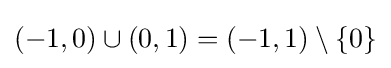
(-1,0)\cup (0,1)=(-1,1)\setminus \{0\}